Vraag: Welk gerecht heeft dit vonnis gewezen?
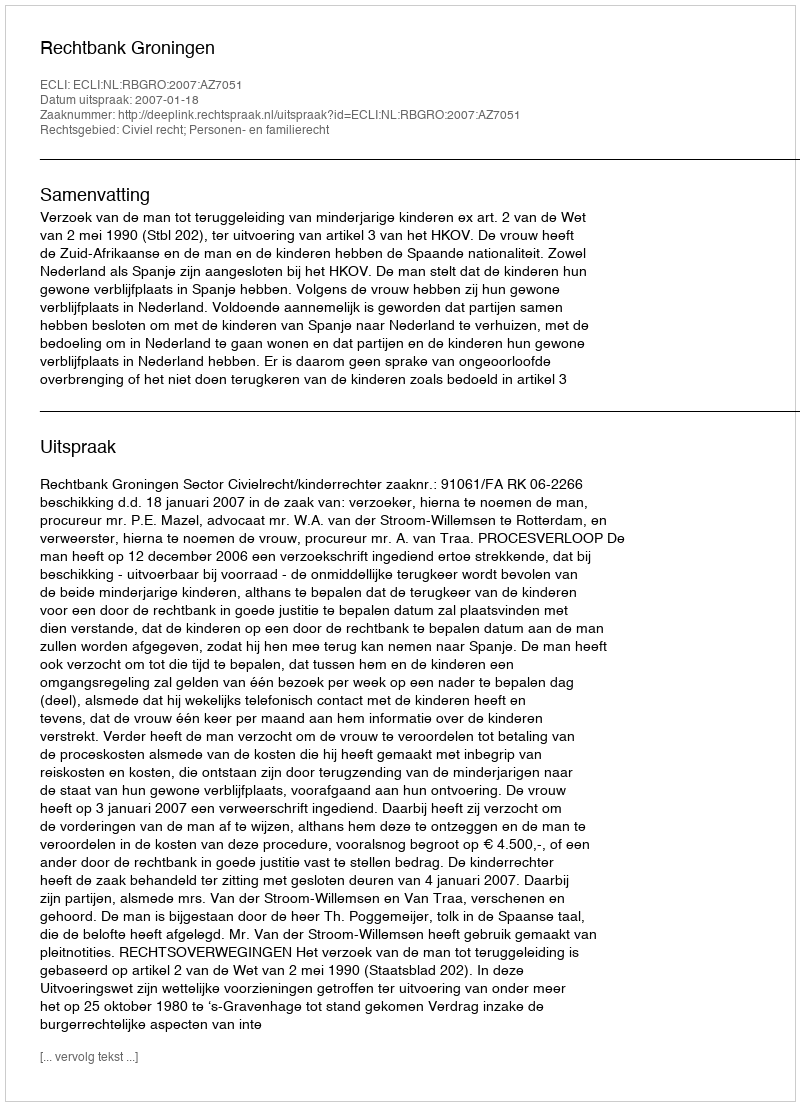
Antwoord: Rechtbank Groningen